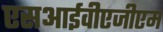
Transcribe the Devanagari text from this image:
एसआईवीएजीएम